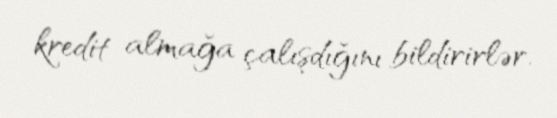
kredit almağa çalışdığını bildirirlər.